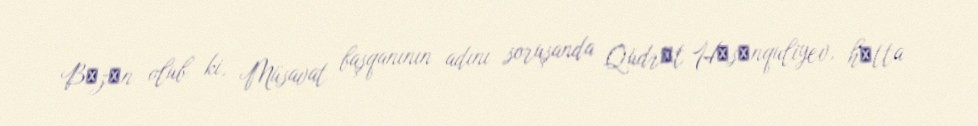
Bәzәn olub ki, Müsavat başqanının adını soruşanda Qüdrәt Hәsәnquliyev, hәtta